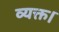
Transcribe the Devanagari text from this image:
व्यक्त।